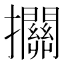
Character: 𢺄